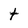
Character: t